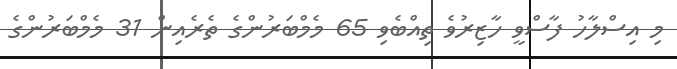
މި އިސްލާހު ފާސްވީ ހާޒިރުވެ ތިއްބެވި 65 މެމްބަރުންގެ ތެރެއިން 31 މެމްބަރުންގެ